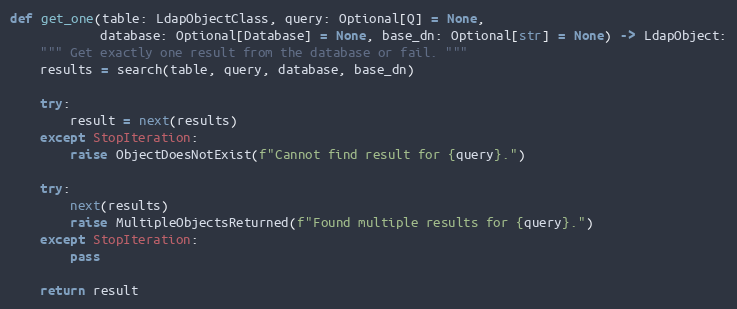
Language: Python
def get_one(table: LdapObjectClass, query: Optional[Q] = None,
            database: Optional[Database] = None, base_dn: Optional[str] = None) -> LdapObject:
    """ Get exactly one result from the database or fail. """
    results = search(table, query, database, base_dn)

    try:
        result = next(results)
    except StopIteration:
        raise ObjectDoesNotExist(f"Cannot find result for {query}.")

    try:
        next(results)
        raise MultipleObjectsReturned(f"Found multiple results for {query}.")
    except StopIteration:
        pass

    return result